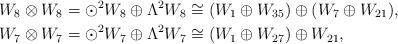
LaTeX: \begin{align*}W_8 \otimes W_8 &= \odot^2 W_8 \oplus \Lambda^2 W_8 \cong (W_1 \oplus W_{35}) \oplus (W_7 \oplus W_{21}),\\W_7 \otimes W_7 &= \odot^2 W_7 \oplus \Lambda^2 W_7 \cong (W_1 \oplus W_{27}) \oplus W_{21},\end{align*}